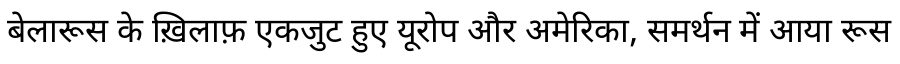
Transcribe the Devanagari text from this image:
बेलारूस के ख़िलाफ़ एकजुट हुए यूरोप और अमेरिका, समर्थन में आया रूस